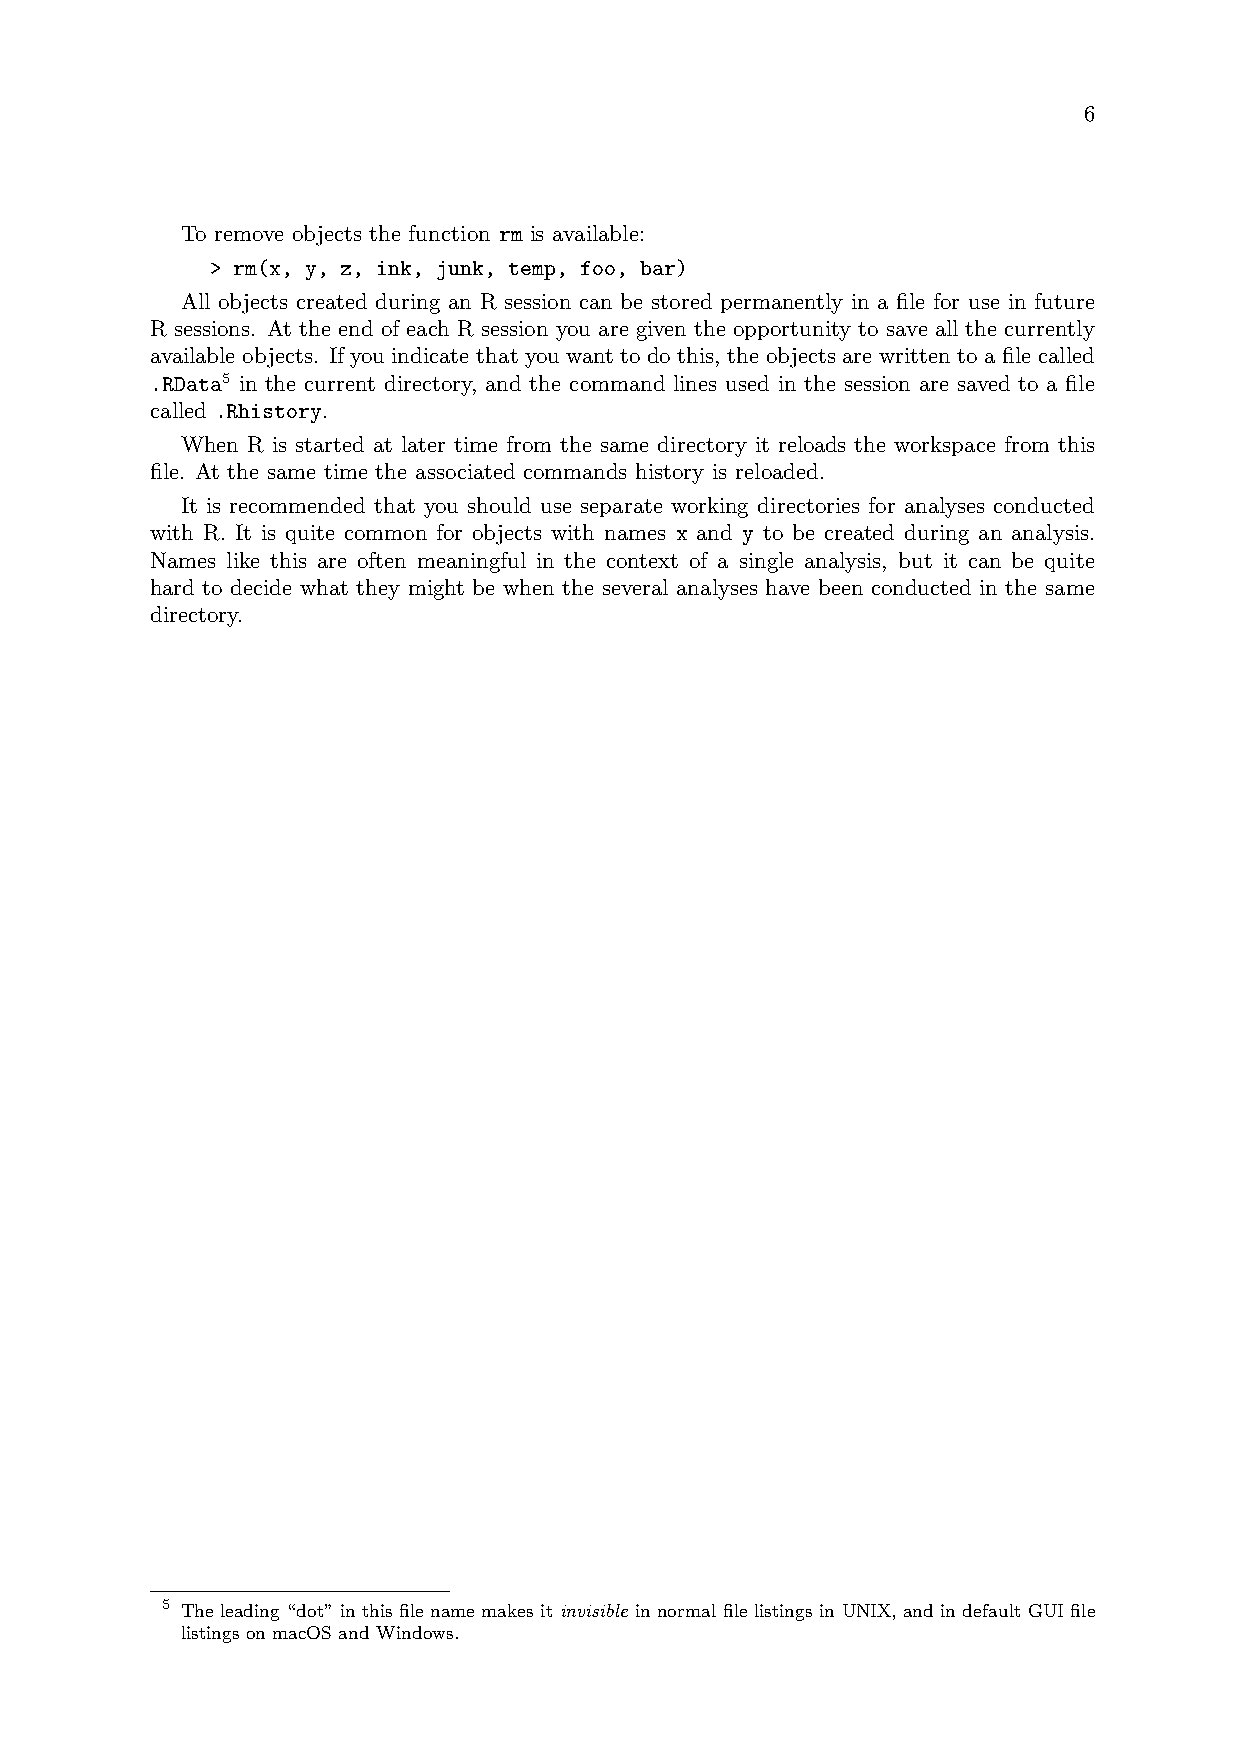
6
 To remove objects the function rm is available:
 > rm(x, y, z, ink, junk, temp, foo, bar)
 All objects created during an R session can be stored permanently in a file for use in future
 R sessions. At the end of each R session you are given the opportunity to save all the currently
 available objects. If you indicate that you want to do this, the objects are written to a file called
 .RData5 in the current directory, and the command lines used in the session are saved to a file
 called .Rhistory.
 When R is started at later time from the same directory it reloads the workspace from this
 file. At the same time the associated commands history is reloaded.
 It is recommended that you should use separate working directories for analyses conducted
 with R. It is quite common for objects with names x and y to be created during an analysis.
 Names like this are often meaningful in the context of a single analysis, but it can be quite
 hard to decide what they might be when the several analyses have been conducted in the same
 directory.
 5 The leading “dot” in this file name makes it invisible in normal file listings in UNIX, and in default GUI file
 listings on macOS and Windows.